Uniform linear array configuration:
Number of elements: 8
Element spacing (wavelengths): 0.5
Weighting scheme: blackman
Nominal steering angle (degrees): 60
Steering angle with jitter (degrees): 58.552
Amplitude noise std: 0.05
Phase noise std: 0.05

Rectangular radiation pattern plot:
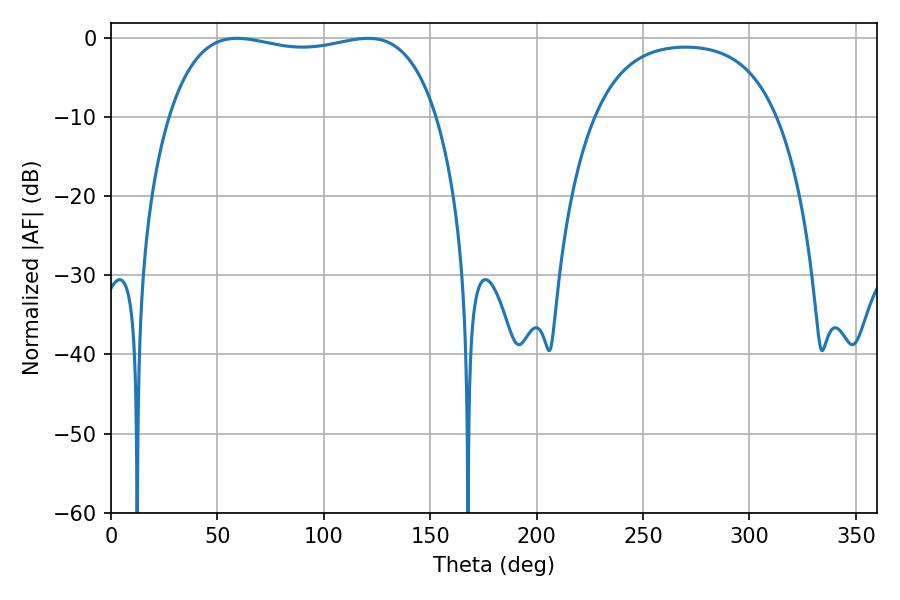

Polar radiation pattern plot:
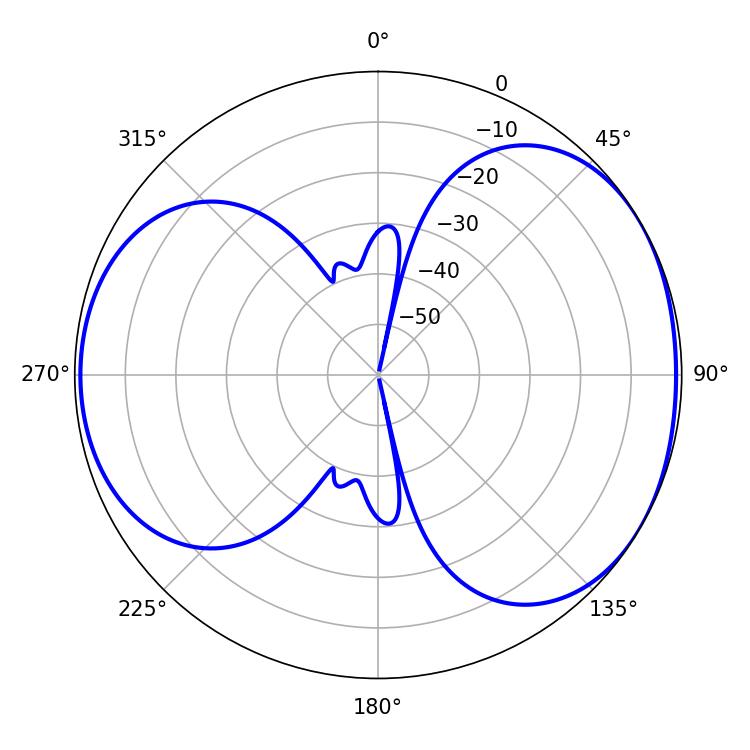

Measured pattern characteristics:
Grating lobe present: FALSE
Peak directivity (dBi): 4.715
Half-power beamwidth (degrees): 101.88
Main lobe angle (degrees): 59.22